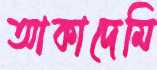
আকাদেমি